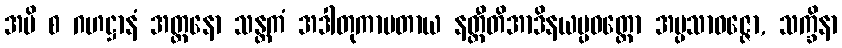
အပိ စ ဂဟဋ္ဌာနံ အတ္တနော သန္တကံ အဒါတုကာမတာယ နတ္ထီတိအာဒိနယပ္ပဝတ္တော အပ္ပသာဝဇ္ဇော, သက္ခိနာ